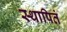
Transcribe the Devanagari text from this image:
स्थापितं